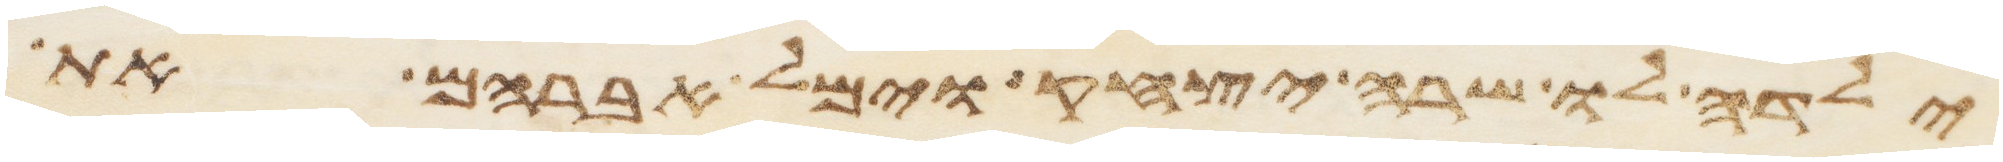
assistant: ילדה לו שרה יצחק וימל אברהם את